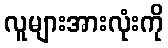
လူများအားလုံးကို